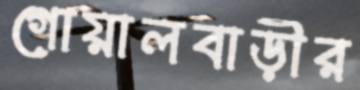
গোয়ালবাড়ীর